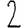
Digit: 2